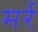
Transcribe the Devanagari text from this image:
मर्र